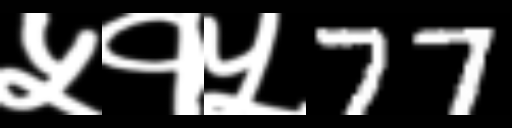
Text: ५१५77